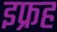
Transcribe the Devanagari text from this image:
इफ्रह